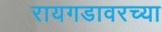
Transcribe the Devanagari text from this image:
रायगडावरच्या